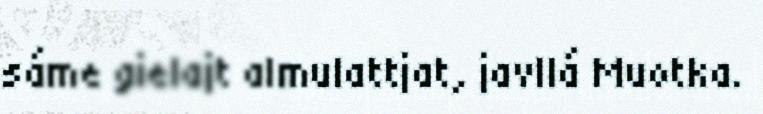
sáme gielajt almulattjat, javllá Muotka.